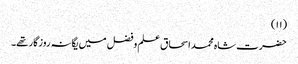
(۱۱)
حضرت شاہ محمد اسحاق علم وفضل میں یگانہ روزگار تھے۔